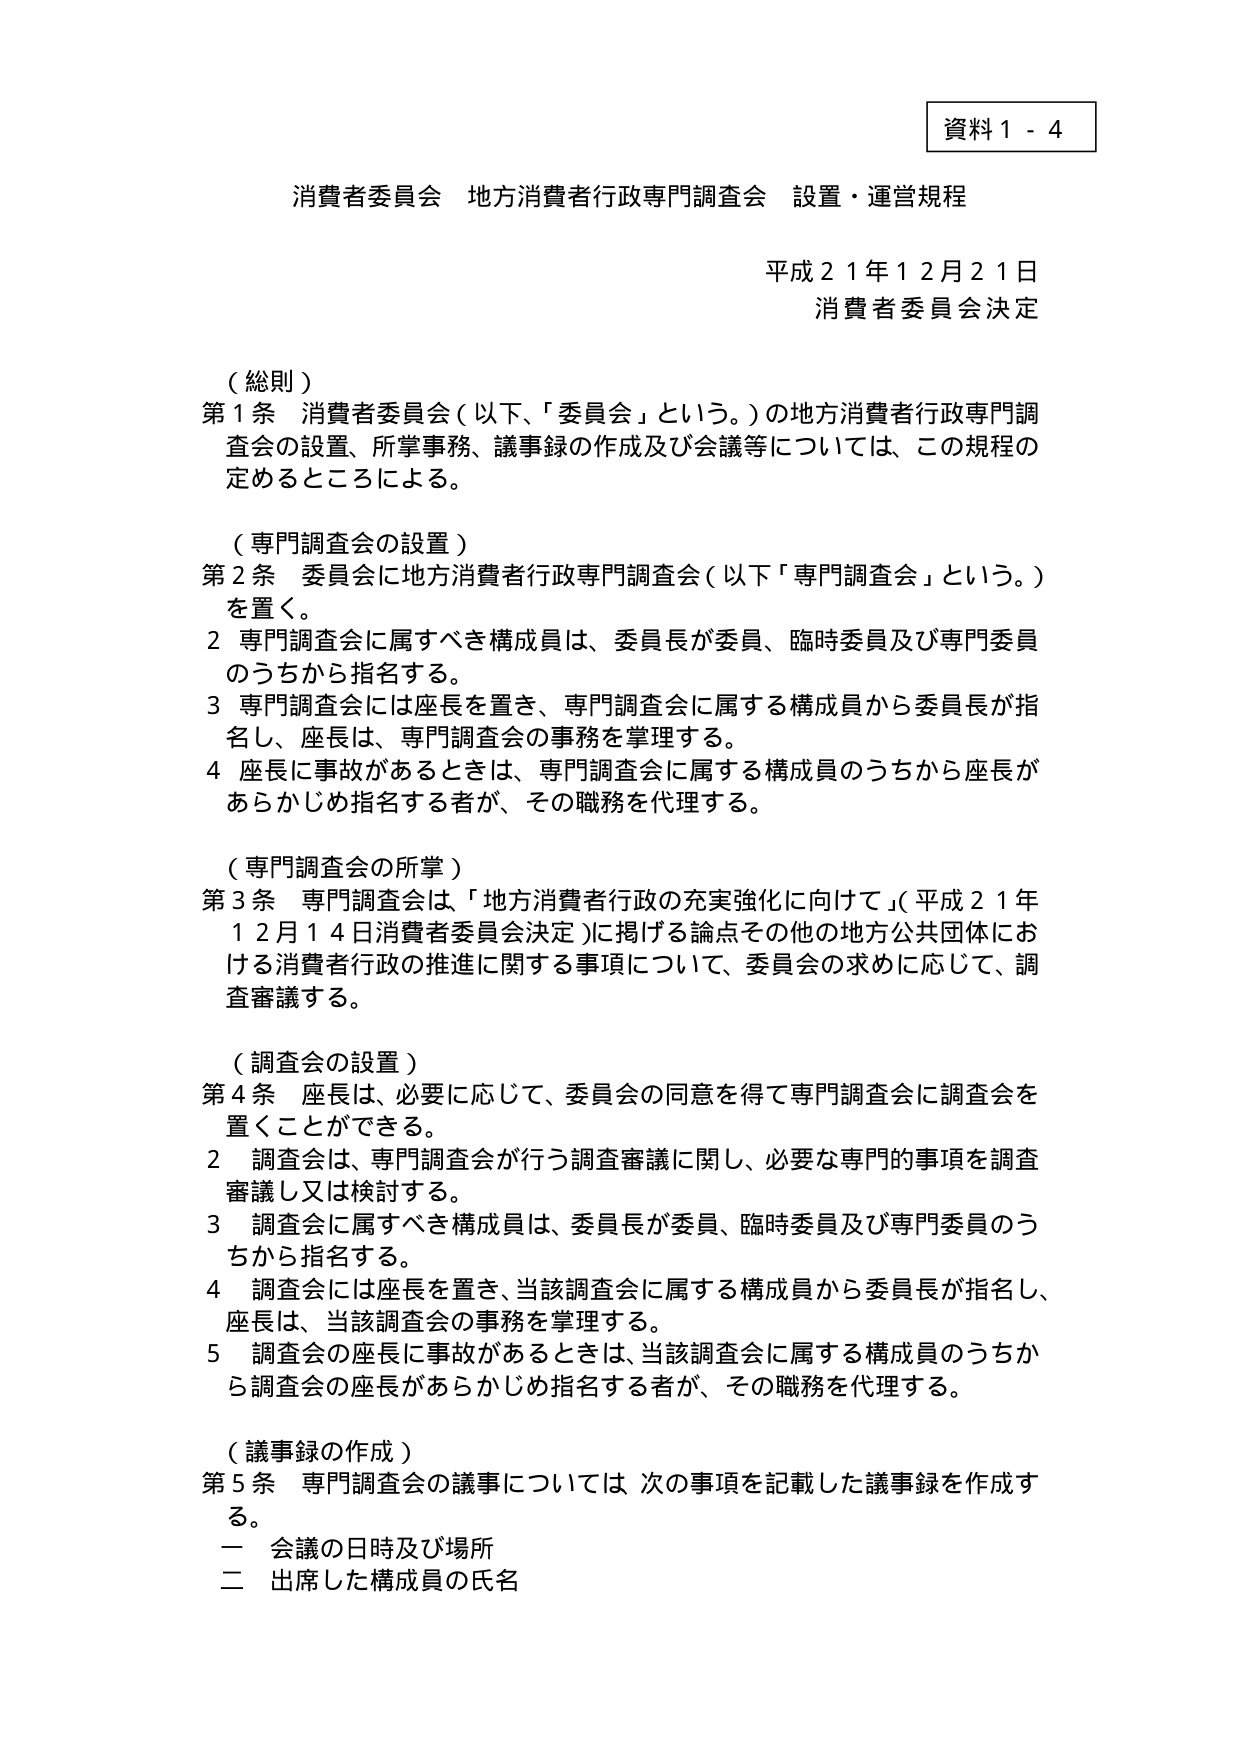
資料１－４

消費者委員会 地方消費者行政専門調査会 設置・運営規程

平成２１年１２月２１日
消費者委員会決定

（総則）
第１条 消費者委員会（以下、「委員会」という。）の地方消費者行政専門調査会の設置、所掌事務、議事録の作成及び会議等については、この規程の定めるところによる。

（専門調査会の設置）
第２条 委員会に地方消費者行政専門調査会（以下「専門調査会」という。）を置く。
２ 専門調査会に属すべき構成員は、委員長が委員、臨時委員及び専門委員のうちから指名する。
３ 専門調査会には座長を置き、専門調査会に属する構成員から委員長が指名し、座長は、専門調査会の事務を掌理する。
４ 座長に事故があるときは、専門調査会に属する構成員のうちから座長があらかじめ指名する者が、その職務を代理する。

（専門調査会の所掌）
第３条 専門調査会は、「地方消費者行政の充実強化に向けて」（平成２１年１２月１４日消費者委員会決定）に掲げる論点その他の地方公共団体における消費者行政の推進に関する事項について、委員会の求めに応じて、調査審議する。

（調査会の設置）
第４条 座長は、必要に応じて、委員会の同意を得て専門調査会に調査会を置くことができる。
２ 調査会は、専門調査会が行う調査審議に関し、必要な専門的事項を調査審議し又は検討する。
３ 調査会に属すべき構成員は、委員長が委員、臨時委員及び専門委員のうちから指名する。
４ 調査会には座長を置き、当該調査会に属する構成員から委員長が指名し、座長は、当該調査会の事務を掌理する。
５ 調査会の座長に事故があるときは、当該調査会に属する構成員のうちから調査会の座長があらかじめ指名する者が、その職務を代理する。

（議事録の作成）
第５条 専門調査会の議事については 次の事項を記載した議事録を作成する。
一 会議の日時及び場所
二 出席した構成員の氏名